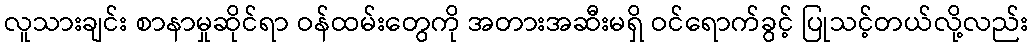
လူသားချင်း စာနာမှုဆိုင်ရာ ဝန်ထမ်းတွေကို အတားအဆီးမရှိ ဝင်ရောက်ခွင့် ပြုသင့်တယ်လို့လည်း